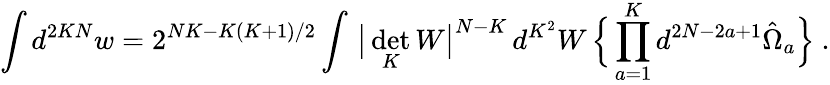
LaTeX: \int d^{2KN}w=2^{NK-K(K+1)/2}\int\, \big|\operatorname*{det}_{K}W\big|^{N-K}\, d^{K^{2}}W\, \Big\{ \prod_{a=1}^{K}d^{2N-2a+1}\hat{\Omega}_{a}\Big\} \ .